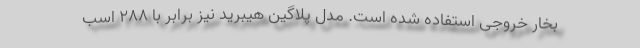
بخار خروجی استفاده شده است. مدل پلاگین هیبرید نیز برابر با 288 اسب